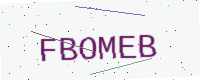
Text: FBOMEB